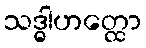
သဒ္ဓါဟတ္ထော